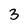
Character: 3